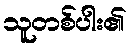
သူတစ်ပါး၏